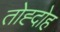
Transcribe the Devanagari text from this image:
तोह्दोह